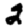
Digit: 2